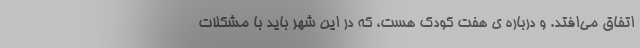
اتفاق می‌افتد. و درباره‌ ی هفت کودک هست، که در این شهر باید با مشکلات